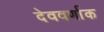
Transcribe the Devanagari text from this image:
देववर्णाक